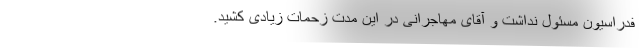
فدراسیون مسئول نداشت و آقای مهاجرانی در این مدت زحمات زیادی کشید.